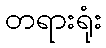
တရားရုံး